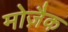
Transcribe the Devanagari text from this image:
मोज़ैक